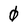
Character: 0